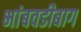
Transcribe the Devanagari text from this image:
भांबवडीबाग